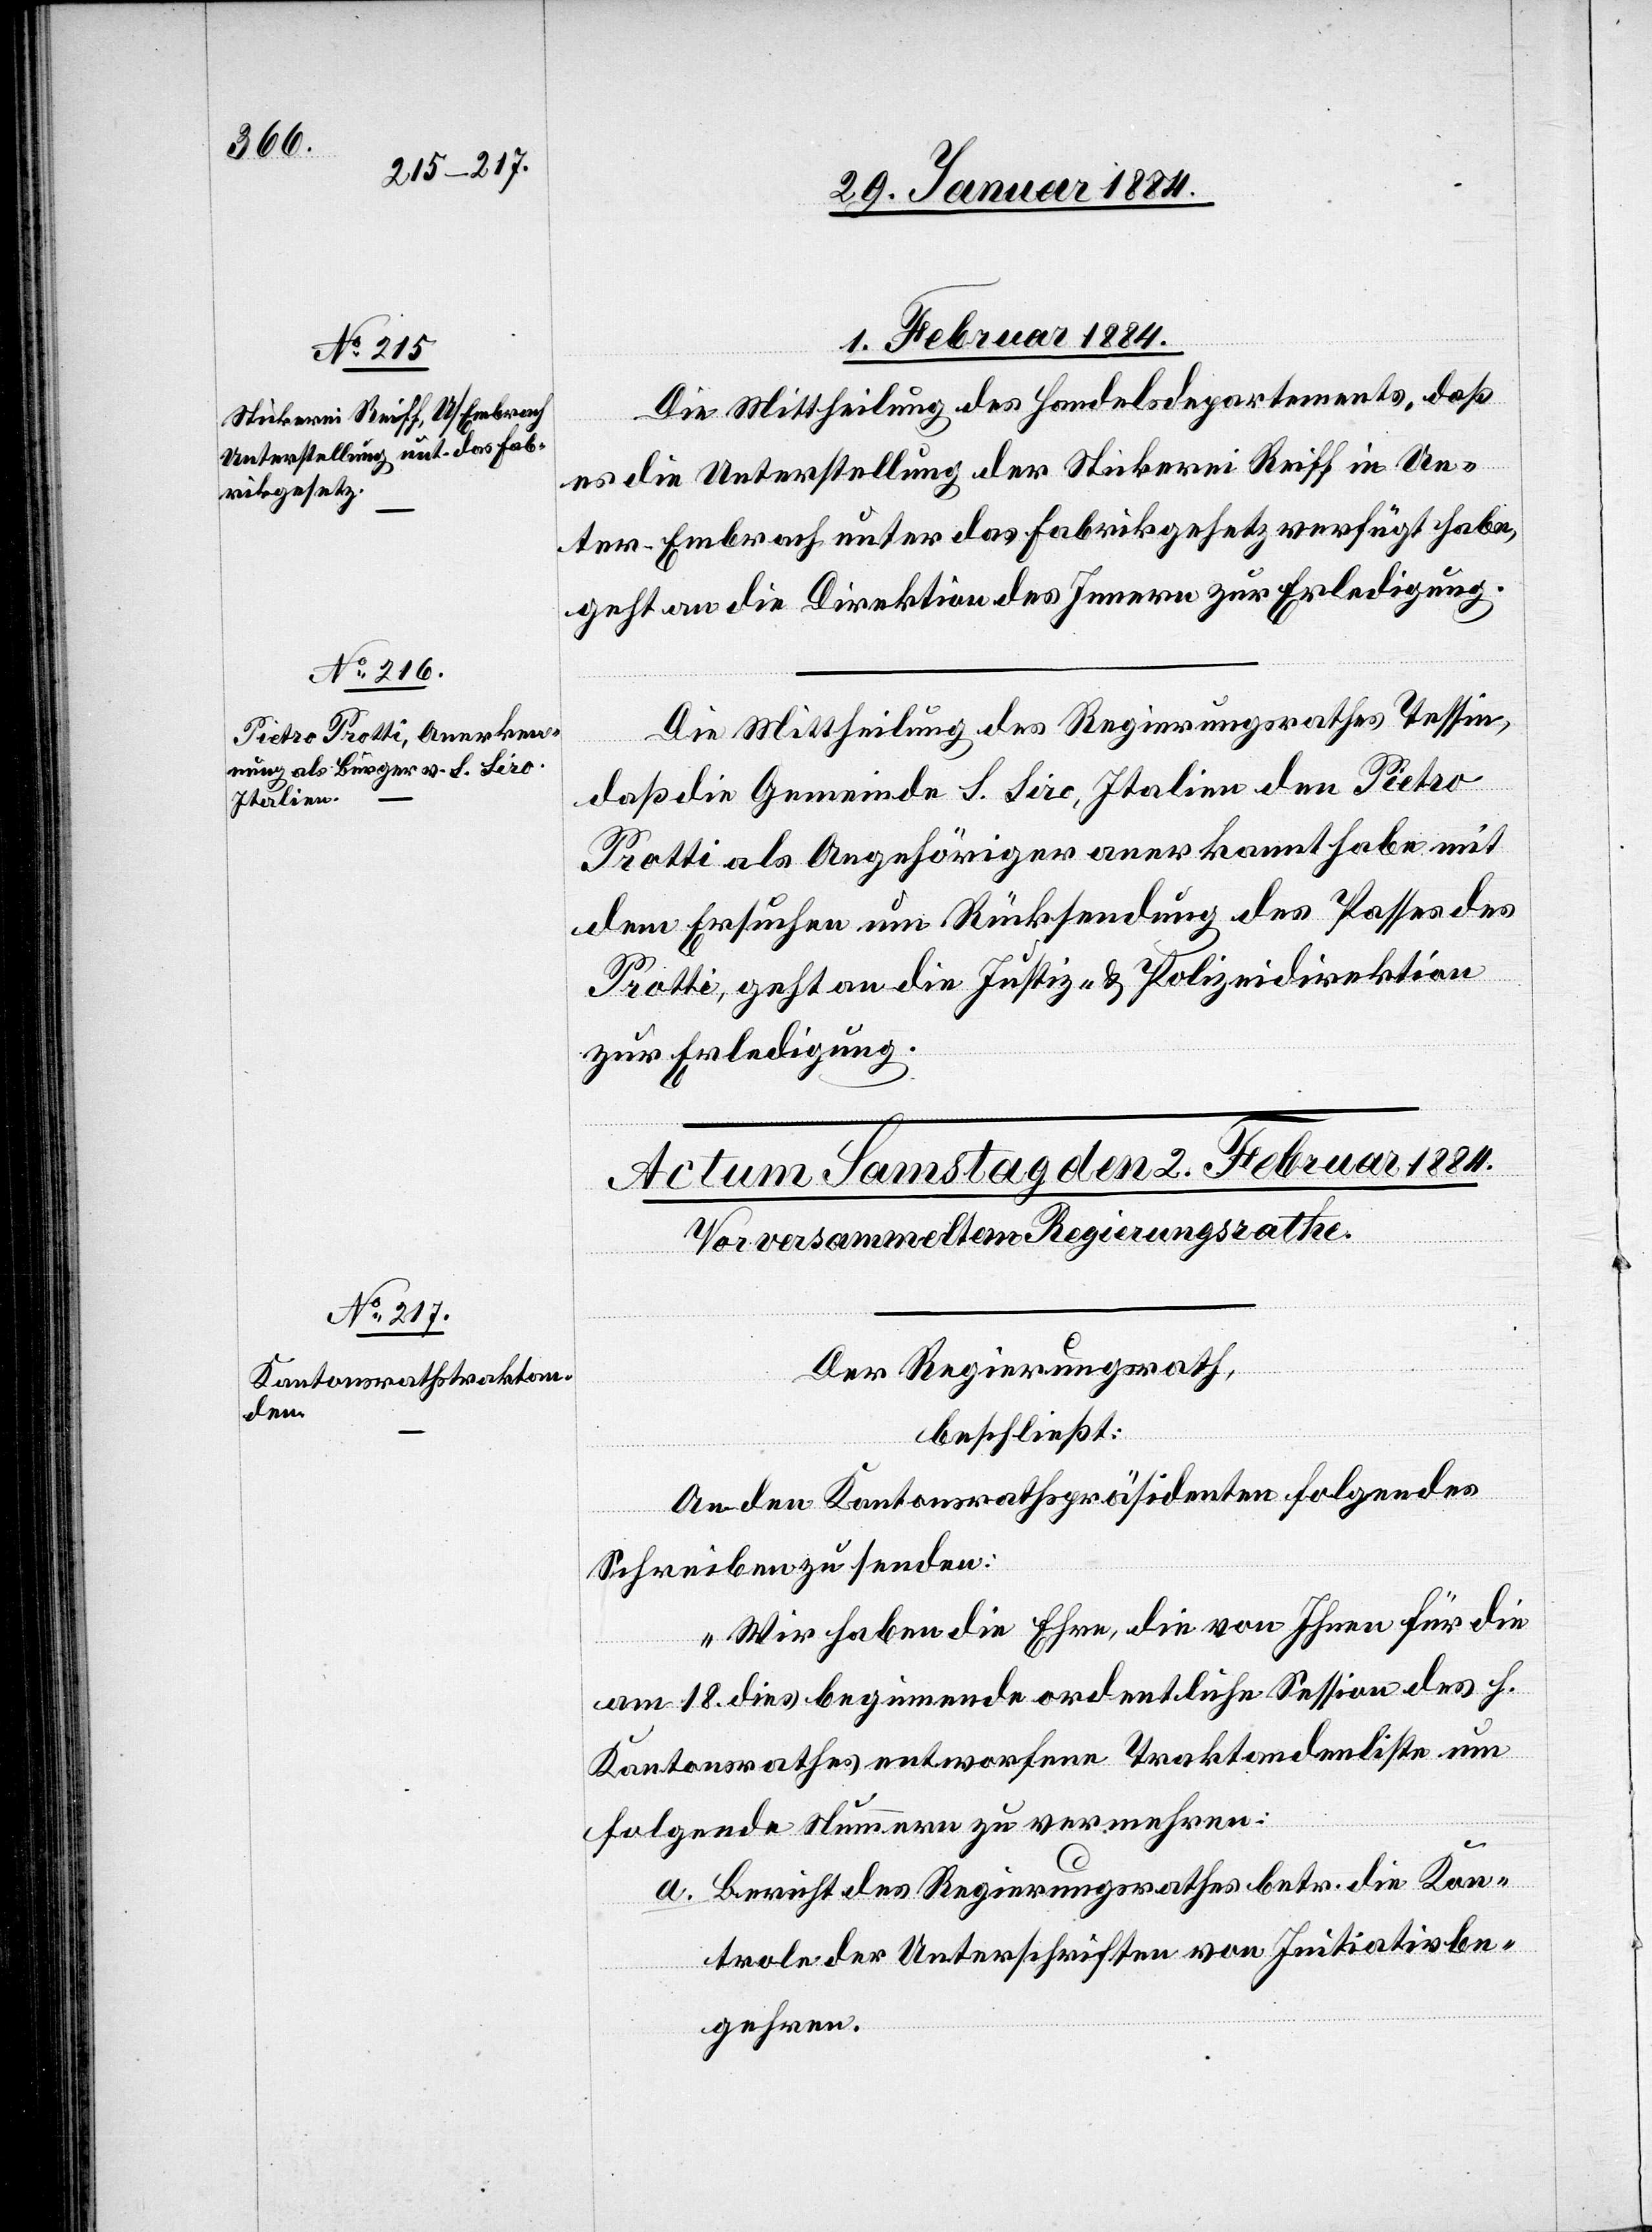
01. Februar 1884.]
Die Mittheilung des Handelsdepartements, daß
es die Unterstellung der Stickerei Reiff in Un¬
ter-Embrach unter das Fabrikgesetz verfügt habe,
geht an die Direktion des Innern zur Erledigung.
Die Mittheilung des Regierungsrathes Tessin,
daß die Gemeinde S. Siro, Italien den Pietro
Protti als Angehöriger anerkannt habe mit
dem Ersuchen um Rücksendung des Passes des
Protti, geht an die Justiz- & Polizeidirektion
zur Erledigung.
Der Regierungsrath
beschließt:
An den Kantonsrathspräsidenten folgendes
Schreiben zu senden:
„Wir haben die Ehre, die von Ihnen für die
am 18. dieß beginnende ordentliche Session des h.
Kantonsrathes entworfene Traktandenliste um
folgende Nummern zu vermehren:
a. Bericht des Regierungsrathes betr. die Kon¬
trole der Unterschriften von Initiativbe¬
gehren.